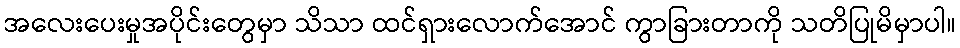
အလေးပေးမှုအပိုင်းတွေမှာ သိသာ ထင်ရှားလောက်အောင် ကွာခြားတာကို သတိပြုမိမှာပါ။